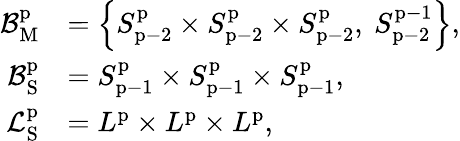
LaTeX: \begin{array}{rl}{\mathcal{B}_{\mathrm{M}}^{\mathrm{p}}}&{=\left\{ S_{\mathrm{p}-2}^{\mathrm{p}}\times S_{\mathrm{p}-2}^{\mathrm{p}}\times S_{\mathrm{p}-2}^{\mathrm{p}},\ S_{\mathrm{p}-2}^{\mathrm{p-1}}\right\} ,}\\ {\mathcal{B}_{\mathrm{S}}^{\mathrm{p}}}&{=S_{\mathrm{p}-1}^{\mathrm{p}}\times S_{\mathrm{p}-1}^{\mathrm{p}}\times S_{\mathrm{p}-1}^{\mathrm{p}},}\\ {\mathcal{L}_{\mathrm{S}}^{\mathrm{p}}}&{=L^{\mathrm{p}}\times L^{\mathrm{p}}\times L^{\mathrm{p}},}\end{array}